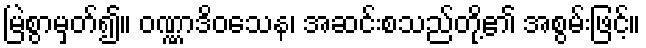
မြဲစွာမှတ်၍။ ဝဏ္ဏာဒိဝသေန၊ အဆင်းစသည်တို့၏ အစွမ်းဖြင့်။